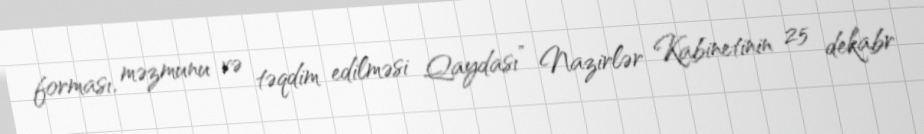
forması, məzmunu və təqdim edilməsi Qaydası” Nazirlər Kabinetinin 25 dekabr